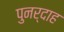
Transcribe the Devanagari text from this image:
पुनर्दाह